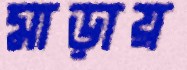
মাড়ায়